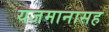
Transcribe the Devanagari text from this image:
यजमानासह